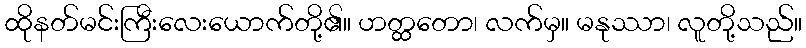
ထိုနတ်မင်းကြီးလေးယောက်တို့၏။ ဟတ္ထတော၊ လက်မှ။ မနုဿာ၊ လူတို့သည်။